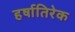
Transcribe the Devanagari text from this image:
हर्षातिरेक